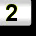
Digit: 2